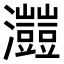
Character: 𤅐